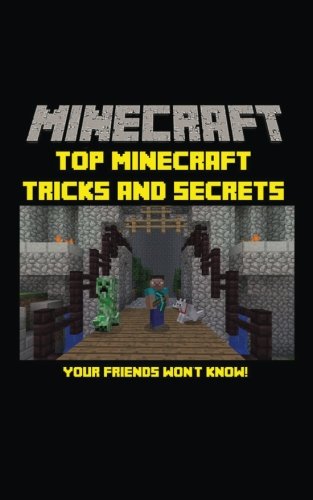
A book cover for Minecraft: Top Minecraft Tricks and Secrets Your Friends Won't Know!; Minecraft Tricks; Humor & Entertainment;